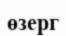
өзерг